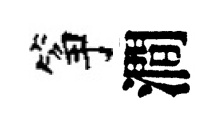
筝澗